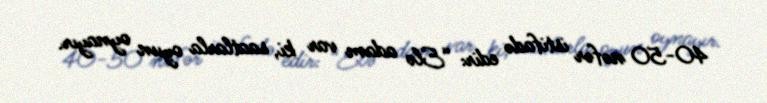
40-50 nəfər istifadə edir: “Elə adam var ki, saatlarla oyun oynayır.